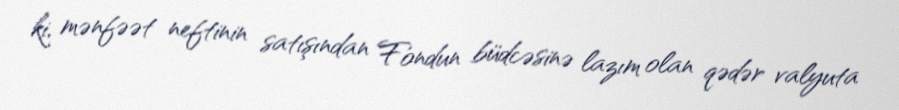
ki, mənfəət neftinin satışından Fondun büdcəsinə lazım olan qədər valyuta